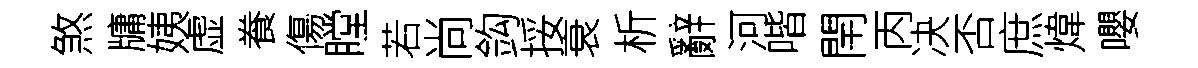
煞牗姨虚飬傷瞠若尚鈎挼衰析辭河喈閈丙决否庶煒嚶